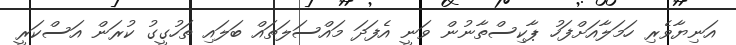
އަނިޔާވެރި ހަމަލާއަށްފަހު ޕާކިސްތާނުން ވަނީ އެފަދަ މައްސަލަތައް ބަލައި ތަހުގީގު ކުރަން އަސްކަރީ